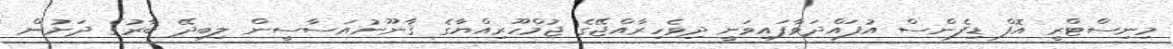
މިނިސްޓްރީ އޮފް ޑިފެންސް އުފައްދަވާފައިވަނީ ދިވެހިރާއްޖޭގެ ޖުމްހޫރިއްޔާގެ ޤާނޫނުއަސާސީން ލިބިދޭ ބާރުގެ ދަށުން